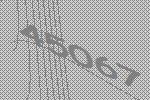
45067